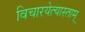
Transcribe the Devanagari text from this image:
विचारयेत्यास्ताम्